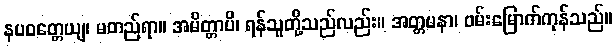
နပဝတ္တေယျ၊ မတည်ရာ။ အမိတ္တာပိ၊ ရန်သူတို့သည်လည်း။ အတ္တမနာ၊ ဝမ်းမြောက်ကုန်သည်။